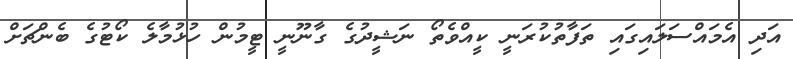
އަދި އެމައްސަލައިގައި ތަފާތުކުރަނީ ކީއްވެތޯ ނަޝީދުގެ ގާނޫނީ ޓީމުން ހުޅުމާލެ ކޯޓުގެ ބެންޗަށް